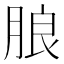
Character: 朖